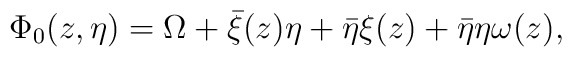
\Phi_0(z,\eta ) = \Omega  + \bar{\xi}(z) \eta +\bar{\eta}\xi(z)+\bar{\eta} \eta \omega(z),